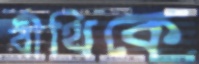
বীথিকে